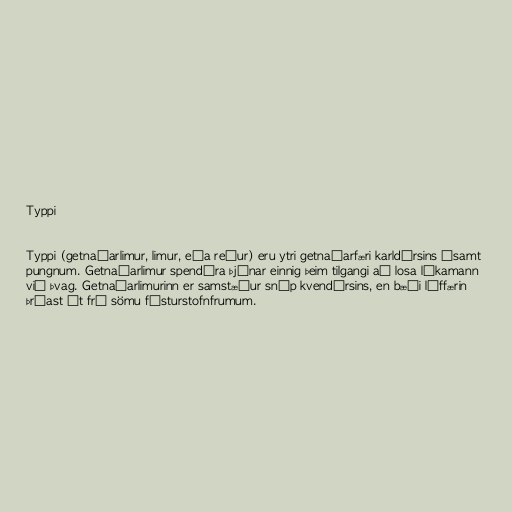
Typpi

Typpi (getnaðarlimur, limur, eða reður) eru ytri getnaðarfæri karldýrsins ásamt
pungnum. Getnaðarlimur spendýra þjónar einnig þeim tilgangi að losa líkamann
við þvag. Getnaðarlimurinn er samstæður sníp kvendýrsins, en bæði líffærin
þróast út frá sömu fósturstofnfrumum.